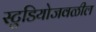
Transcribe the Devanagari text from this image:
स्टुडियोजवळील